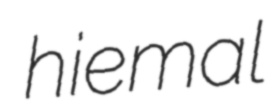
hiemal